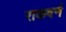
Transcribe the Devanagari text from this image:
राकवर्न